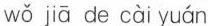
wǒ jiā de cài yuán